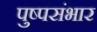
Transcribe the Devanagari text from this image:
पुष्पसंभार